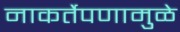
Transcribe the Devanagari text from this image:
नाकर्तेपणामुळे